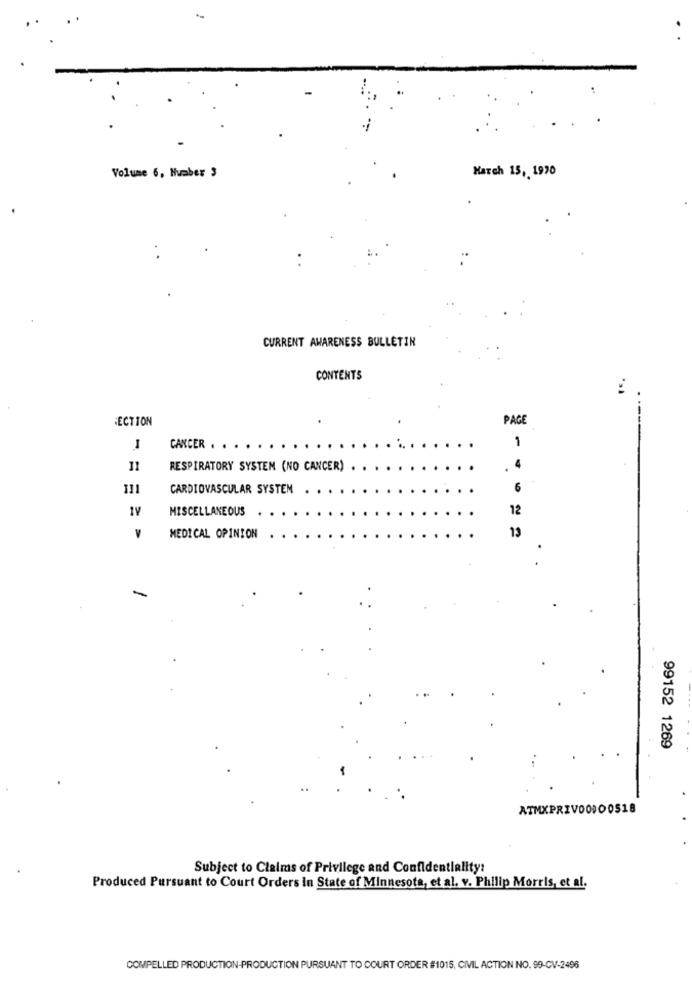
Volume 6, Number 3
March 15, 1920
CURRENT AWARENESS BULLETIN
CONTENTS
ECTION
PAGE
1
-
CANCER . .
11
RESPIRATORY SYSTEM (NO CANCER)
111
CARDIOVASCULAR SYSTEM
6
1V
MISCELLANEOUS
12
V
MEDICAL OPINION
13
.
-
99152 1269
ATMXPRIV00000518
Subject to Claims of Privilege and Confidentiality:
Produced Pursuant to Court Orders in State of Minnesota, et al. v. Philip Morris, et al.
COMPELLED PRODUCTION-PRODUCTION PURSUANT TO COURT ORDER #1015, CIVIL ACTION NO. 99-CV-2496